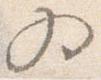
為